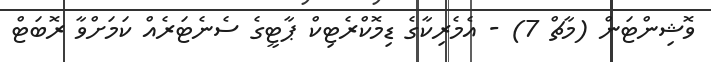
ވޮޝިންޓަން (މާޗް 7) - އެެމެރިކާގެ ޑިމޮކްރެޓިކް ޕާޓީގެ ސެނެޓަރެއް ކަމަށްވާ ރޮބަޓް